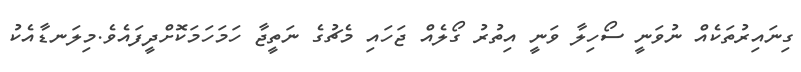
ގިނައިރުތަކެއް ނުވަނީ ސޯހިލާ ވަނީ އިތުރު ގޯލެއް ޖަހައި މެޗުގެ ނަތީޖާ ހަމަހަމަކޮށްދީފައެވެ.މިލަނޑާއެކު